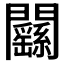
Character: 𨷱